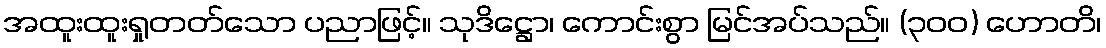
အထူးထူးရှုတတ်သော ပညာဖြင့်။ သုဒိဋ္ဌော၊ ကောင်းစွာ မြင်အပ်သည်။ (၃၀၀) ဟောတိ၊